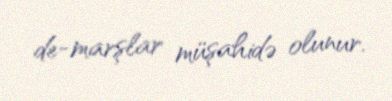
de-marşlar müşahidə olunur.